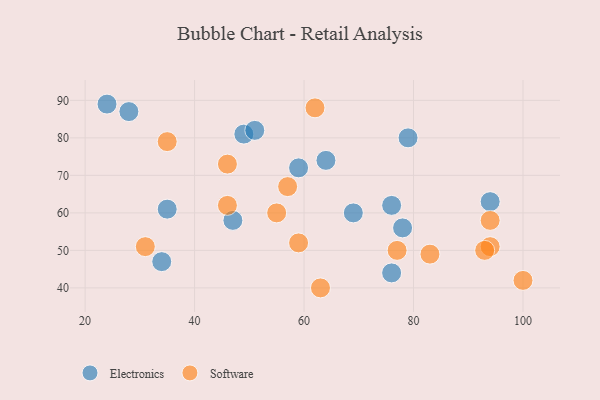
{"axis": {"x": "GDP", "y": "Life Expectancy"}, "legend": ["Electronics", "Software"], "data": [{"x": "94", "y": 63, "type": "Electronics"}, {"x": "49", "y": 81, "type": "Electronics"}, {"x": "28", "y": 87, "type": "Electronics"}, {"x": "35", "y": 61, "type": "Electronics"}, {"x": "76", "y": 62, "type": "Electronics"}, {"x": "51", "y": 82, "type": "Electronics"}, {"x": "64", "y": 74, "type": "Electronics"}, {"x": "76", "y": 44, "type": "Electronics"}, {"x": "59", "y": 72, "type": "Electronics"}, {"x": "47", "y": 58, "type": "Electronics"}, {"x": "79", "y": 80, "type": "Electronics"}, {"x": "69", "y": 60, "type": "Electronics"}, {"x": "34", "y": 47, "type": "Electronics"}, {"x": "78", "y": 56, "type": "Electronics"}, {"x": "24", "y": 89, "type": "Electronics"}, {"x": "94", "y": 51, "type": "Software"}, {"x": "31", "y": 51, "type": "Software"}, {"x": "63", "y": 40, "type": "Software"}, {"x": "35", "y": 79, "type": "Software"}, {"x": "94", "y": 58, "type": "Software"}, {"x": "46", "y": 62, "type": "Software"}, {"x": "100", "y": 42, "type": "Software"}, {"x": "62", "y": 88, "type": "Software"}, {"x": "57", "y": 67, "type": "Software"}, {"x": "93", "y": 50, "type": "Software"}, {"x": "55", "y": 60, "type": "Software"}, {"x": "46", "y": 73, "type": "Software"}, {"x": "77", "y": 50, "type": "Software"}, {"x": "59", "y": 52, "type": "Software"}, {"x": "83", "y": 49, "type": "Software"}]}